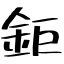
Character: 鉅